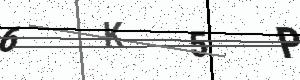
Text: 6K5P